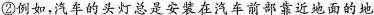
②例如，汽车的头灯总是安装在汽车前部靠近地面的地